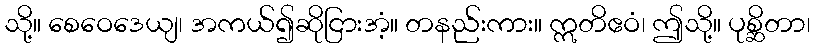
သို့။ စေဝေဒေယျ၊ အကယ်၍ဆိုငြားအံ့။ တနည်းကား။ ဣတိဧဝံ၊ ဤသို့။ ပုစ္ဆိတာ၊